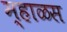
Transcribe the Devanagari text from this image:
म्हाळस